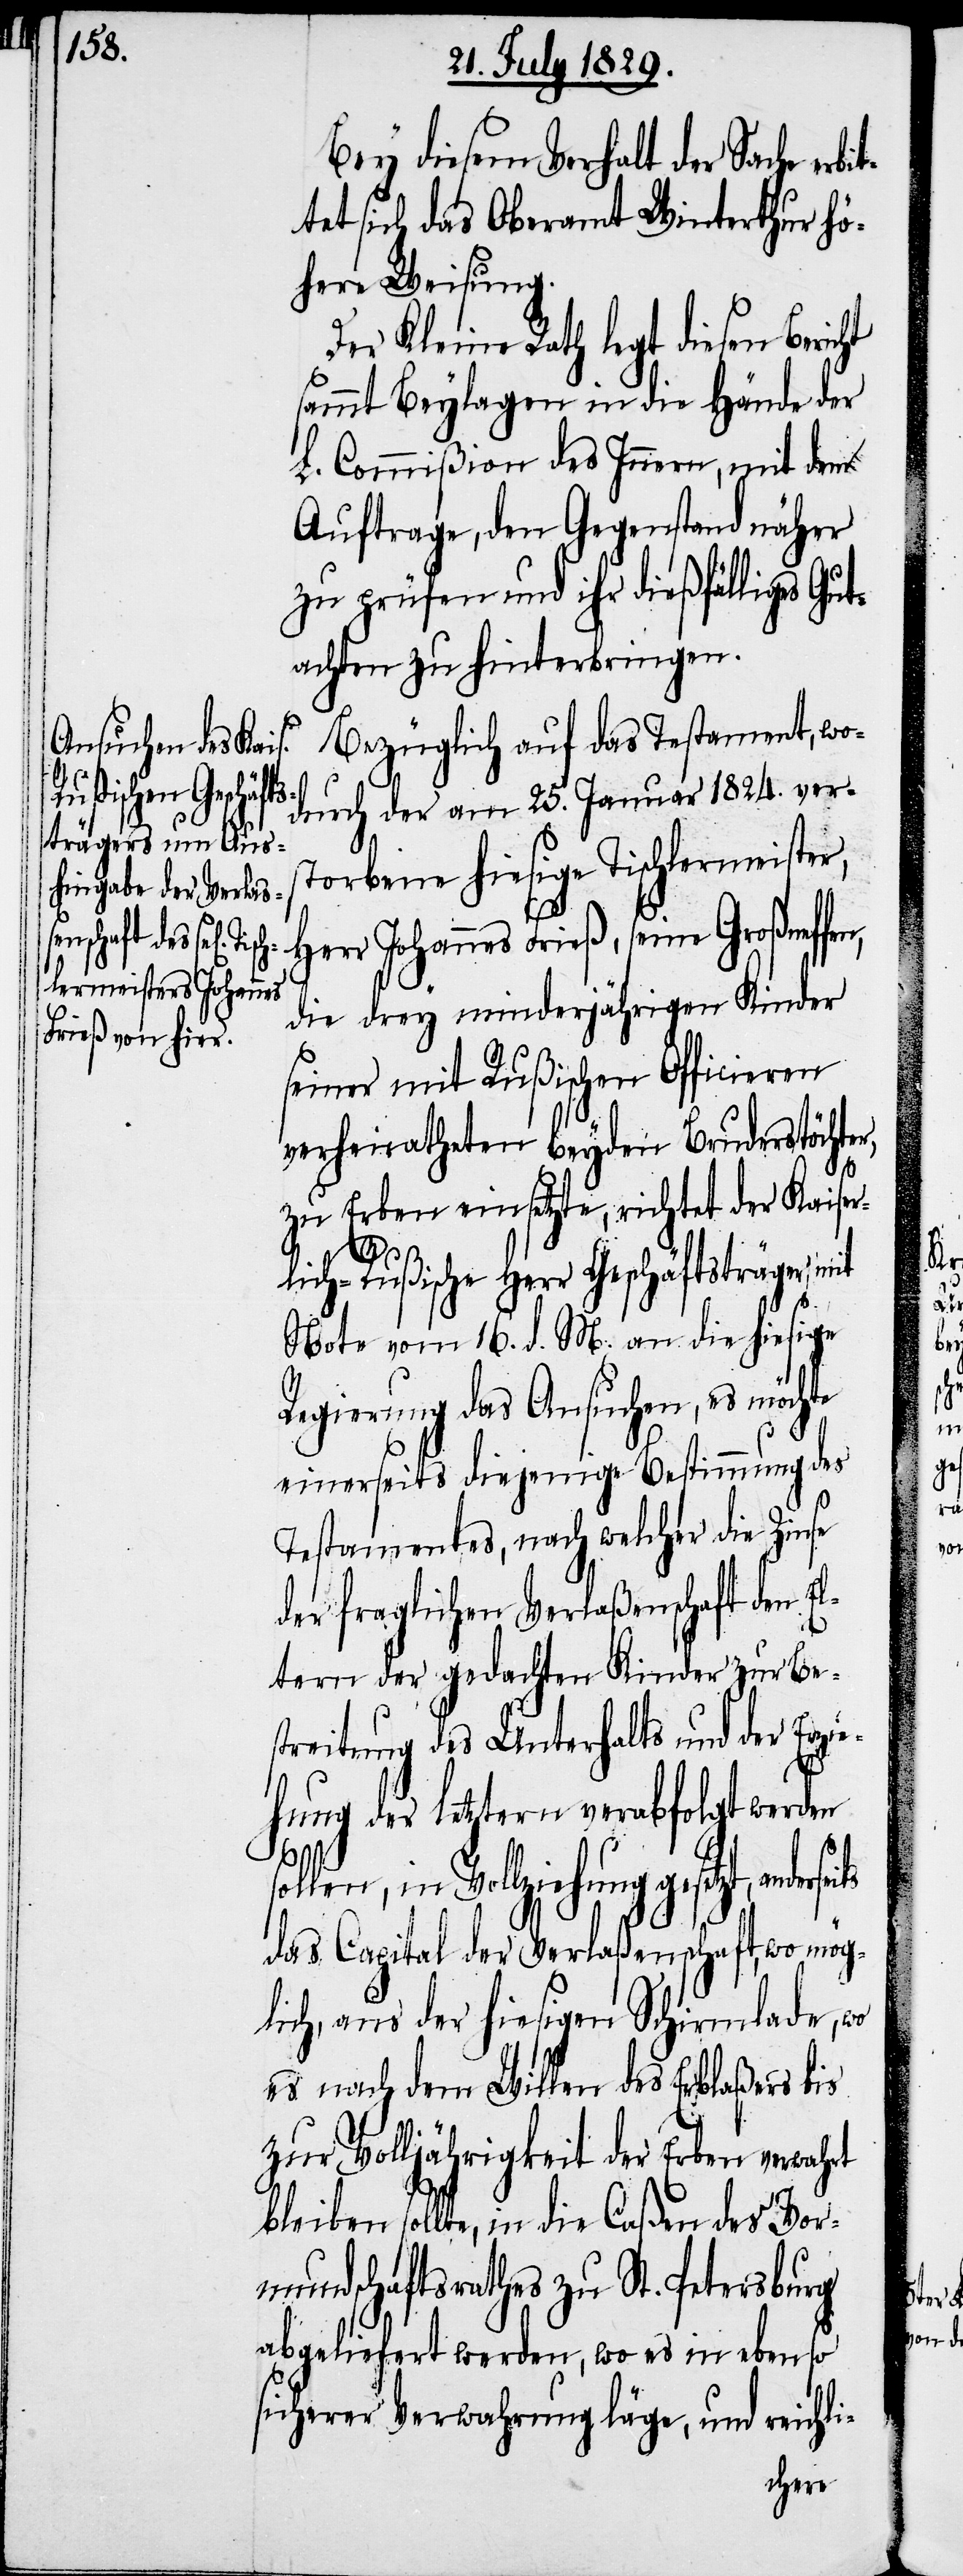
bleiben sol¬

Bey diesem Verhalt der Sache erb¬
tet sich das Oberamt Winterthur hö¬
here Weisung.
Der Kleine Rath legt diesen Bericht
sammt Beylagen in die Hände der
L. Commißion des Innern, mit dem
Auftrage, den Gegenstand näher
zu prüfen und ihr dießfälliges Gut¬
achten zu hinterbringen.
Bezüglich auf das Testament, wo¬
durch der am 25. Januar 1824. ver¬
storbene hiesige Tischlermeister,
Herr Johannes Frieß, seine
die drey minderjährigen Kinder
seiner mit Rußischen Officieren
verheiratheten beyden Bruderstöchte¬
zu Erben einsetzte, richtet der Kaiser¬
lich-Rußische Herr Geschäftsträger mit
Note vom 16. d. M. an die hiesige
Regierung das Ansuchen, es möchte
einerseits diejenige Bestimmung des
Testaments, nach welcher die Zinse
der fraglichen Verlaßenschaft den E¬
ltern der gedachten Kinder zur Be¬
streitung des Unterhalts und der Erzi¬
ehung der letztern verabfolgt werden
sollen, in Vollziehung gesetzt, ander¬
das Capital der Verlaßenschaft, wo mög¬
lich, aus der hiesigen Schirmlade, wo
es nach dem Willen des Erblaßers bis
zur Volljährigkeit der Erben verwahrt
lte, in die Caßen des Vor¬
mundschaftsrathes zu St. Petersburg
abgeliefert werden, wo es in eben so
sicherer Verwahrung läge, und reichli-

its